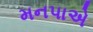
મનપાએ